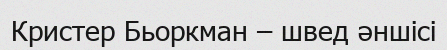
Кристер Бьоркман – швед әншісі